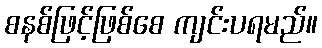
စနစ်ဖြင့်ဖြစ်စေ ကျင်းပရမည်။